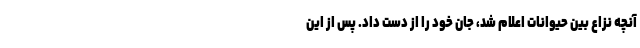
آنچه نزاع بین حیوانات اعلام شد، جان خود را از دست داد. ‌پس از این